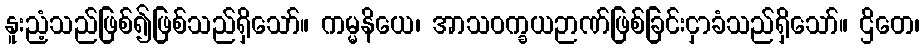
နူးညံ့သည်ဖြစ်၍ဖြစ်သည်ရှိသော်။ ကမ္မနိယေ၊ အာသဝက္ခယဉာဏ်ဖြစ်ခြင်းငှာခံသည်ရှိသော်။ ဌိတေ၊